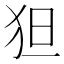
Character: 狚